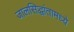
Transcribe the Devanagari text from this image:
जालसिद्धांतामध्ये